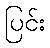
ပြင်း